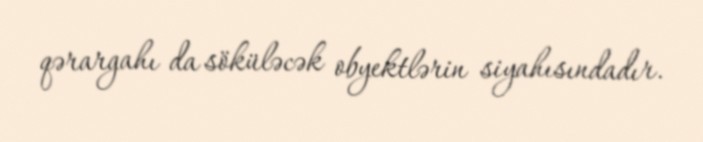
qərargahı da söküləcək obyektlərin siyahısındadır.